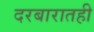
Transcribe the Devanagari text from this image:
दरबारातही